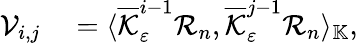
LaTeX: \begin{array}{rl}{\mathcal{V}_{i,j}}&{{}=\langle\overline{{\mathcal{K}}}_{\varepsilon}^{i-1}\mathcal{R}_{n},\overline{{\mathcal{K}}}_{\varepsilon}^{j-1}\mathcal{R}_{n}\rangle_{\mathbb{K}},}\end{array}